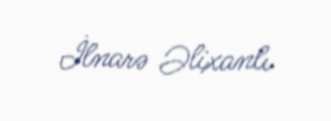
İlnarə Əlixanlı